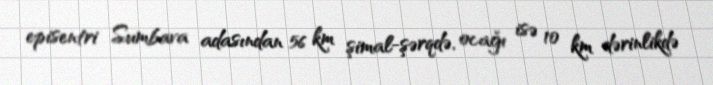
episentri Sumbava adasından 56 km şimal-şərqdə, ocağı isə 10 km dərinlikdə